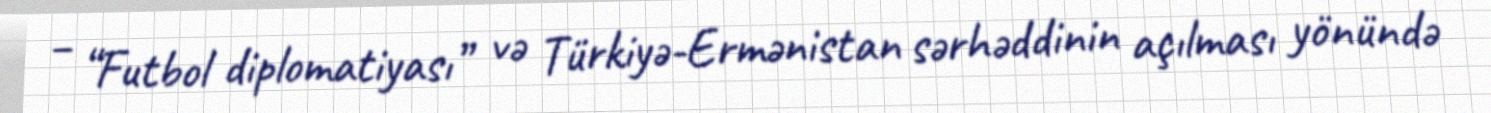
– “Futbol diplomatiyası” və Türkiyə-Ermənistan sərhəddinin açılması yönündə